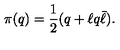
\pi ( q ) = { \frac { 1 } { 2 } } ( q + \ell q \bar { \ell } ) .